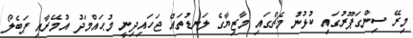
މިރޭ ސިންގަޕޫރުގައި ކުޅުނު މެޗްގައި މާޒިޔާގެ ލަނޑުތައް ޖަހައިދިނީ މުޙައްމަދު އުމޭރާއި ޕަބެލޯ